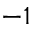
^ { - 1 }